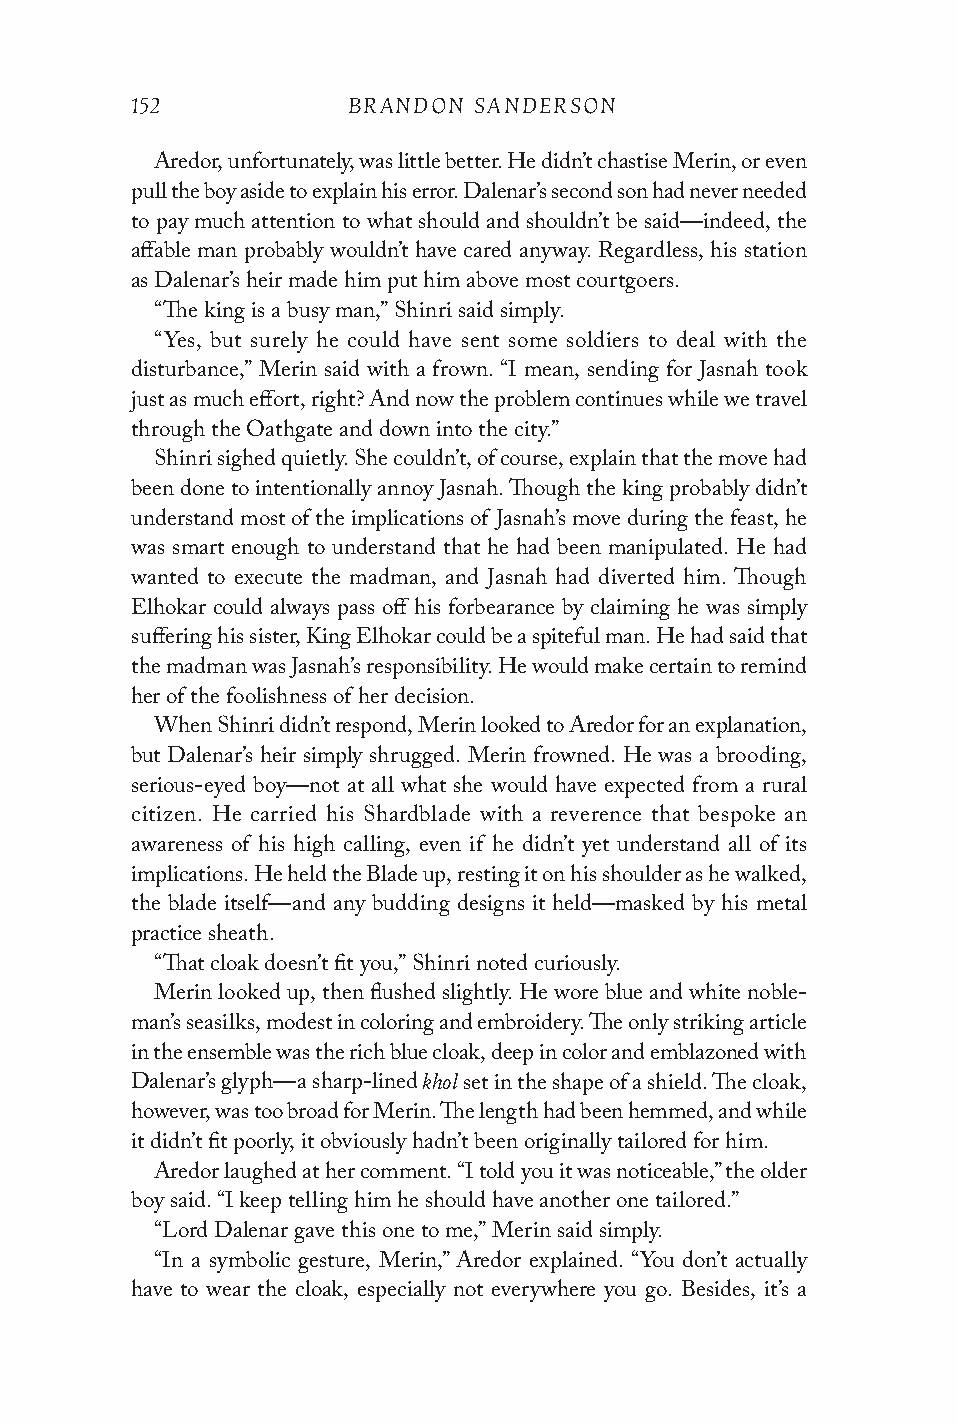
152           BRANDON SANDERSON
 Aredor, unfortunately, was little better. He didn’t chastise Merin, or even
 pull the boy aside to explain his error. Dalenar’s second son had never needed
 to pay much attention to what should and shouldn’t be said—indeed, the
 affable man probably wouldn’t have cared anyway. Regardless, his station
 as Dalenar’s heir made him put him above most courtgoers.
 “The king is a busy man,” Shinri said simply.
 “Yes, but surely he could have sent some soldiers to deal with the
 disturbance,” Merin said with a frown. “I mean, sending for Jasnah took
 just as much effort, right? And now the problem continues while we travel
 through the Oathgate and down into the city.”
 Shinri sighed quietly. She couldn’t, of course, explain that the move had
 been done to intentionally annoy Jasnah. Though the king probably didn’t
 understand most of the implications of Jasnah’s move during the feast, he
 was smart enough to understand that he had been manipulated. He had
 wanted to execute the madman, and Jasnah had diverted him. Though
 Elhokar could always pass off his forbearance by claiming he was simply
 suffering his sister, King Elhokar could be a spiteful man. He had said that
 the madman was Jasnah’s responsibility. He would make certain to remind
 her of the foolishness of her decision.
 When Shinri didn’t respond, Merin looked to Aredor for an explanation,
 but Dalenar’s heir simply shrugged. Merin frowned. He was a brooding,
 serious-eyed boy—not at all what she would have expected from a rural
 citizen. He carried his Shardblade with a reverence that bespoke an
 awareness of his high calling, even if he didn’t yet understand all of its
 implications. He held the Blade up, resting it on his shoulder as he walked,
 the blade itself—and any budding designs it held—masked by his metal
 practice sheath.
 “That cloak doesn’t fit you,” Shinri noted curiously.
 Merin looked up, then flushed slightly. He wore blue and white noble-
 man’s seasilks, modest in coloring and embroidery. The only striking article
 in the ensemble was the rich blue cloak, deep in color and emblazoned with
 khol
 Dalenar’s glyph—a sharp-lined set in the shape of a shield. The cloak,
 however, was too broad for Merin. The length had been hemmed, and while
 it didn’t fit poorly, it obviously hadn’t been originally tailored for him.
 Aredor laughed at her comment. “I told you it was noticeable,” the older
 boy said. “I keep telling him he should have another one tailored.”
 “Lord Dalenar gave this one to me,” Merin said simply.
 “In a symbolic gesture, Merin,” Aredor explained. “You don’t actually
 have to wear the cloak, especially not everywhere you go. Besides, it’s a